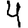
Digit: 4